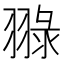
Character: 䎑